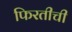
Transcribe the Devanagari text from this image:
फिरतीची